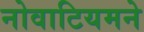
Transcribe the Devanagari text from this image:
नोवाटियमने